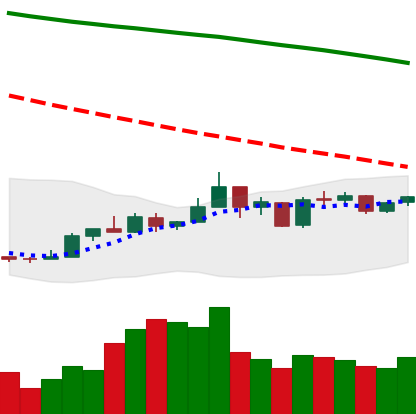
Ticker: NEO-USD
Chart end date: 2019-01-02
Forward return: 4.886%
Label: up_3_5